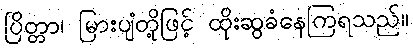
ပြိတ္တာ၊ မြားပျံတို့ဖြင့် ထိုးဆွခံနေကြရသည်။